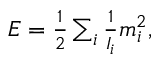
\begin{array} { r } { E = \frac 1 2 \sum _ { i } \frac { 1 } { I _ { i } } m _ { i } ^ { 2 } , } \end{array}